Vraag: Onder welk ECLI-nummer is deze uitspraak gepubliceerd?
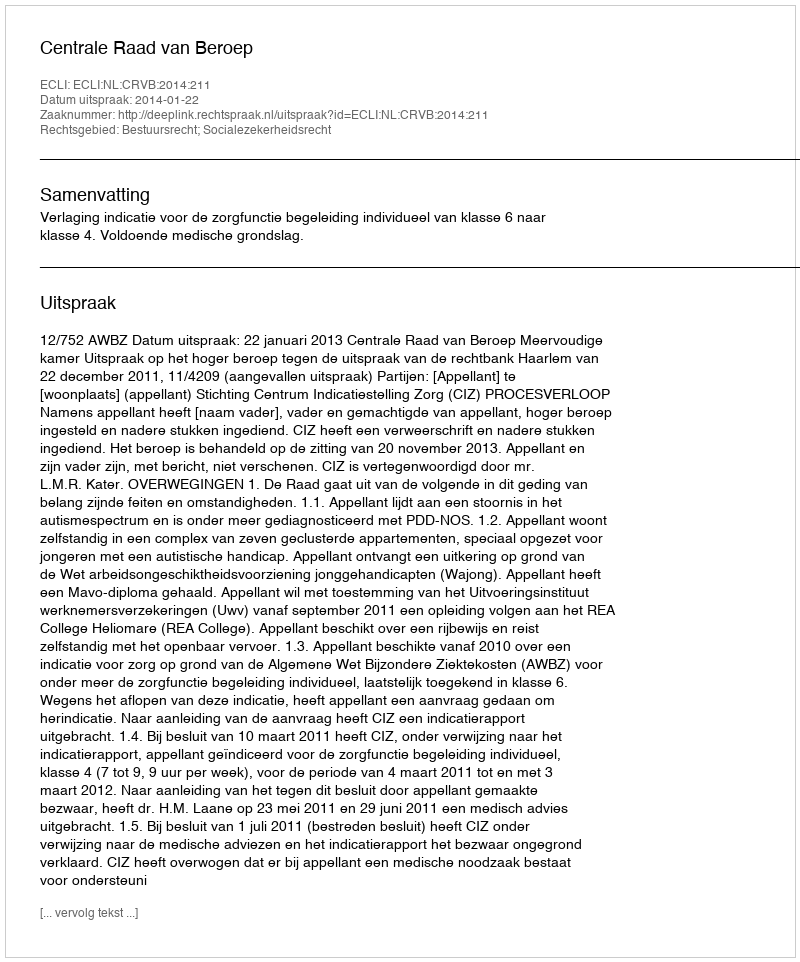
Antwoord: ECLI:NL:CRVB:2014:211